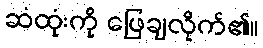
ဆံထုံးကို ဖြေချလိုက်၏။